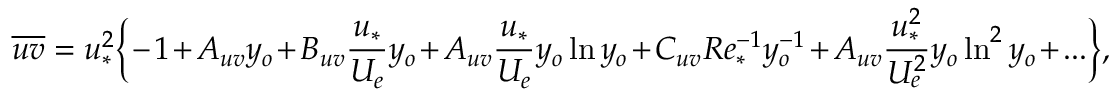
\overline { { u v } } = u _ { * } ^ { 2 } \Big \{ - 1 + A _ { u v } y _ { o } + B _ { u v } \frac { u _ { * } } { U _ { e } } y _ { o } + A _ { u v } \frac { u _ { * } } { U _ { e } } y _ { o } \ln y _ { o } + C _ { u v } R e _ { * } ^ { - 1 } y _ { o } ^ { - 1 } + A _ { u v } \frac { u _ { * } ^ { 2 } } { U _ { e } ^ { 2 } } y _ { o } \ln ^ { 2 } y _ { o } + . . . \Big \} ,